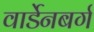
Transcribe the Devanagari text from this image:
वार्डेनबर्ग